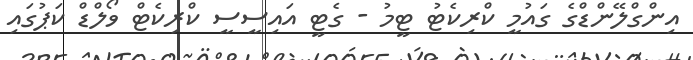
އިންގްލޭންޑްގެ ގައުމީ ކްރިކެޓު ޓީމު - ގެޓީ އައިސީސީ ކްރިކެޓް ވޯލްޑް ކަޕުގައި